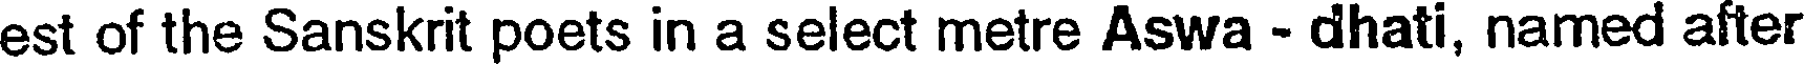
est of the Sanskrit poets in a select metre Aswa - dhati, named after